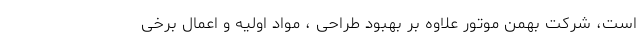
است، شرکت بهمن موتور علاوه بر بهبود طراحی ، مواد اولیه و اعمال برخی